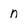
Character: n